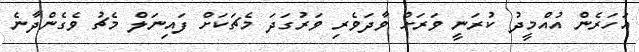
އަހަރެން އުއްމީދު ކުރަނީ ވަރަށް ވާދަވެރި ވަރުގަދަ މެޗަކަށް ފައިނަލް މެޗު ވެގެންދާނެ